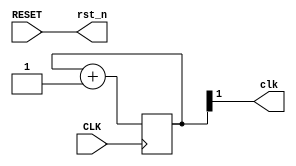
module Clockworks (
    input CLK,
    input RESET,
    output clk,
    output rst_n
);
    parameter SLOW = 1;

    reg [SLOW:0] slow_CLK = 0;

    always @(posedge CLK) begin
        slow_CLK <= slow_CLK + 1;
    end
    assign clk = slow_CLK[SLOW];
    assign rst_n = RESET;

endmodule